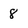
Character: 8